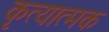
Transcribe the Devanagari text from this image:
कृत्यात्मक